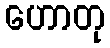
ဟောတု